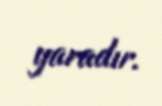
yaradır.